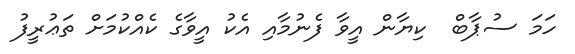
ހަމަ ސުޕާބް  ކިޔާން އީވާ ފެނުމާއި އެކު އީވާގެ ކެއްކުމަށް ތަޢުރީފު